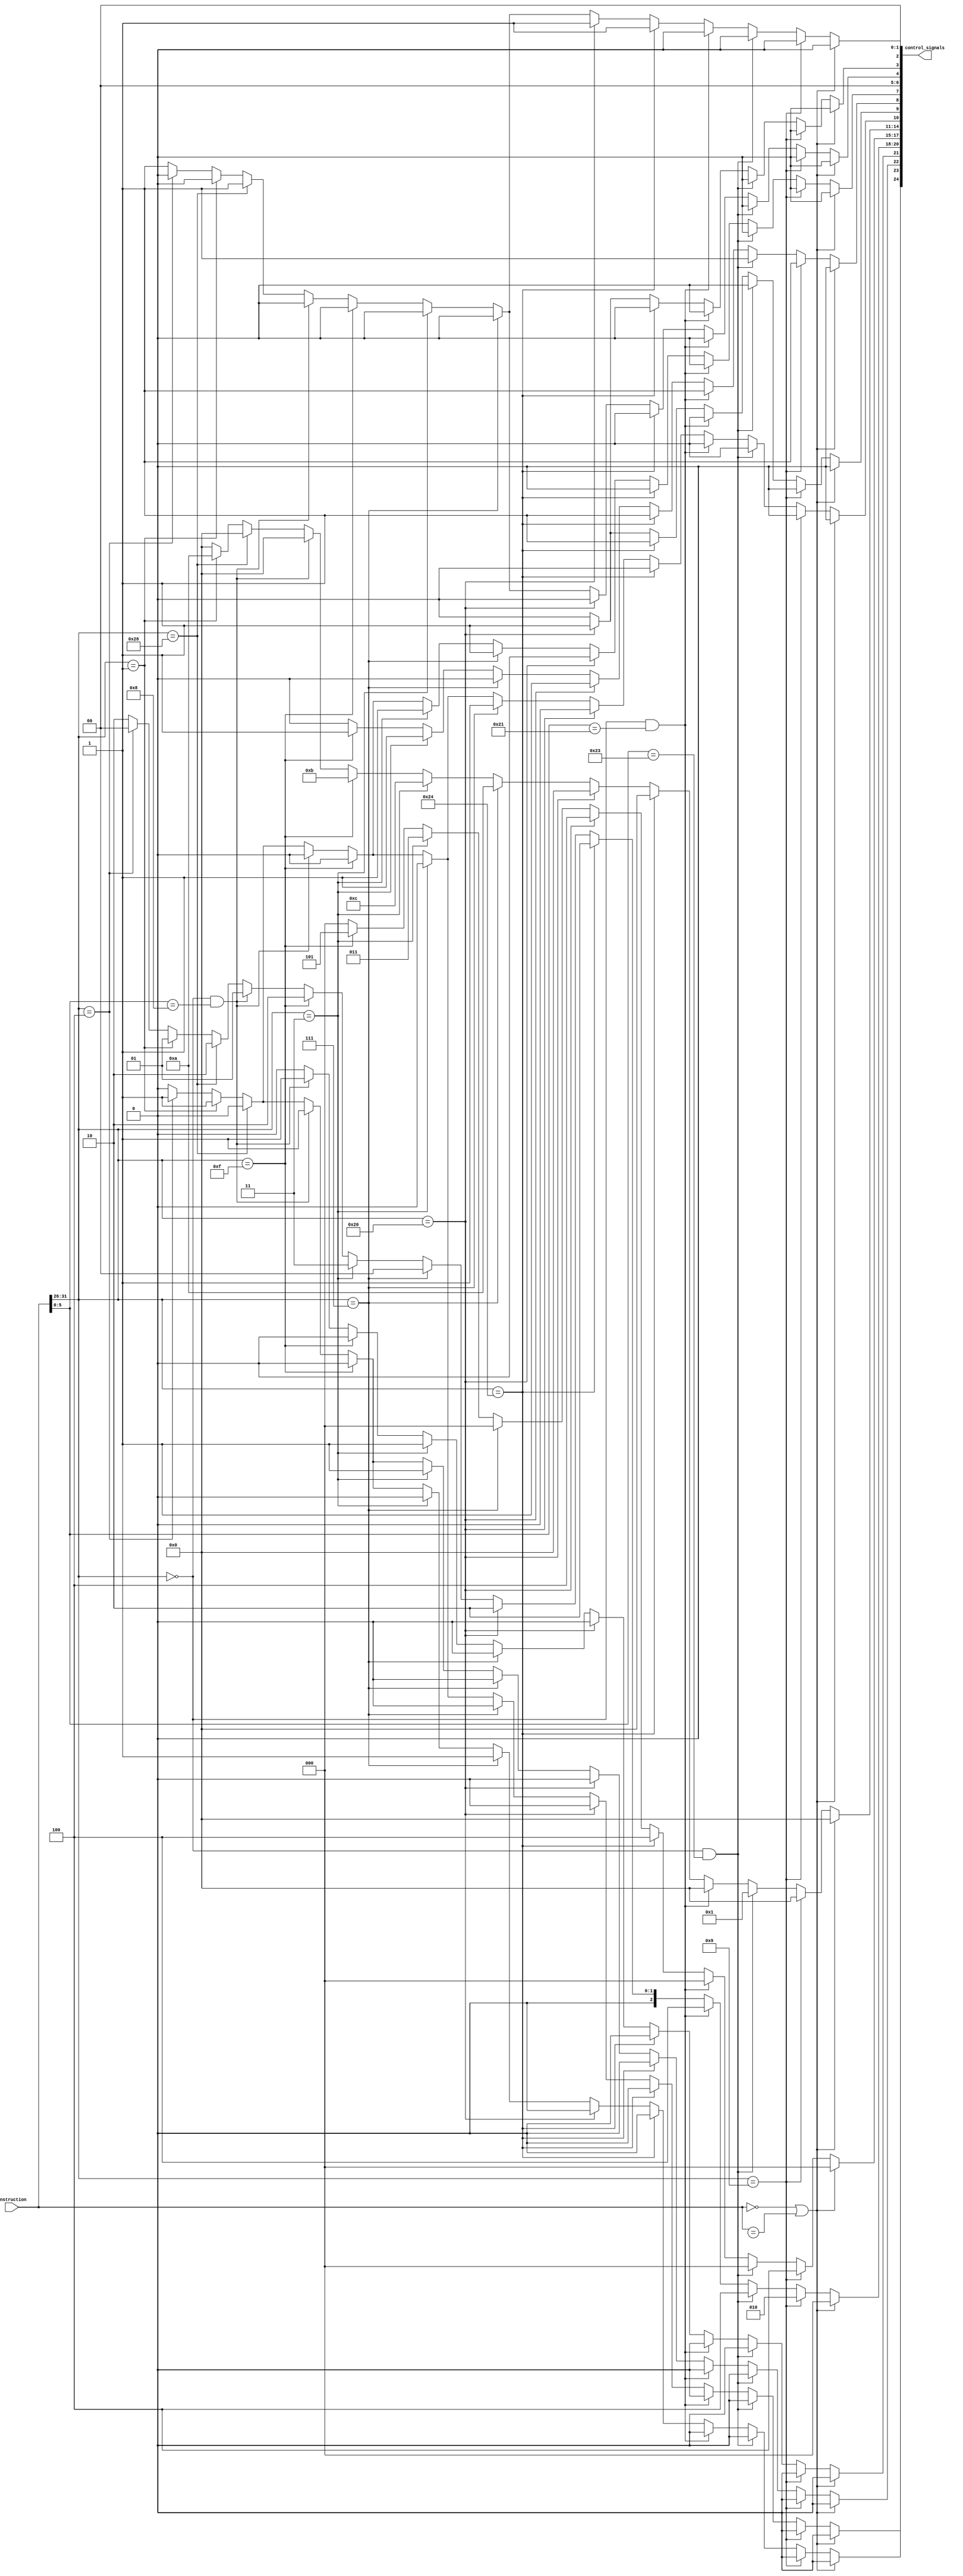

module PPU_Control_Unit (
    input wire [31:0] instruction,
    output reg [24:0] control_signals

);

    reg [2:0] ID_SourceOperand_3bits;
    reg [3:0] ID_ALU_OP;
    reg ID_Load_Instr;
    reg ID_RF_Enable;
    reg ID_B_Instr;
    reg ID_TA_Instr;
    reg [1:0] ID_MEM_Size;
    reg ID_MEM_RW;
    reg ID_MEM_SE;
    reg ID_Enable_HI;
    reg ID_Enable_LO;
    reg ID_MEM_Enable;
    reg Jump_Instr;
    reg [2:0] Destination_Register; // 00 do nothing, 01 writes in rd, 10 writes in rt, 11 writes in r31
    reg Conditional_Unconditional_Jump;        
    reg Mux_Rs_Addr; 
    reg Addr_MUX; 

// Opcode values
    parameter R_TYPE1 = 6'b000000;
    parameter R_TYPE2 = 6'b011100;
    parameter R_TYPE3 = 6'b010000;
    parameter I_TYPE = 6'b000001;

// Function values for R type1
    parameter ADD_FUNCT = 6'b100000, 
     ADDU_FUNCT = 6'b100001,
     SUB_FUNCT = 6'b100010,
     SUBU_FUNCT = 6'b100011,
     SLT_FUNCT = 6'b101010,
     SLTU_FUNCT = 6'b101011,
     AND_FUNCT = 6'b100100,
     OR_FUNCT = 6'b100101,
     XOR_FUNCT = 6'b100110,
     NOR_FUNCT = 6'b100111,
     SLL_FUNCT = 6'b000000,
     SLLV_FUNCT = 6'b000100,
     SRA_FUNCT = 6'b000011,
     SRAV_FUNCT = 6'b000111,
     SRL_FUNCT = 6'b000010,
     SRLV_FUNCT = 6'b000110,
     MFHI_FUNCT = 6'b010000,
     MFLO_FUNCT = 6'b010010,
     MOVN_FUNCT = 6'b001011,
     MOVZ_FUNCT = 6'b001010,
     MTHI_FUNCT = 6'b010001,
     MTLO_FUNCT = 6'b010011,
     JALR_FUNCT = 6'b001001,
     JR_FUNCT = 6'b001000,
     TEQ_FUNCT = 6'b110100,
     TGE_FUNCT = 6'b110000,
     TGEU_FUNCT = 6'b110001,
     TLT_FUNCT = 6'b110010,
     TLTU_FUNCT = 6'b110011,
     TNE_FUNCT = 6'b110110;
    

// Function values for R type2
    parameter CLO_FUNCT = 6'b100001;
    parameter CLZ_FUNCT = 6'b100000;

// Function values for R type3
    parameter MFC0_FUNCT = 5'b00000;
    parameter MTC0_FUNCT = 5'b00100;

// B Case
    parameter B_Case = 6'b000100;



//rt values I types
parameter BGEZ_RT    = 5'b00001,
          BGEZAL_RT  = 5'b10001,
          BLTZ_RT    = 5'b00000,
          BLTZAL_RT  = 5'b10000,
          BAL_RT     = 5'b10001,
          TEQI_RT    = 5'b01100,
          TGEI_RT    = 5'b01000,
          TGEIU_RT   = 5'b01001,
          TLTI_RT    = 5'b01010,
          TLTIU_RT   = 5'b01011,
          TNEI_RT    = 5'b01110;

// 6-bit opcodes I types
parameter ADDI_OP    = 6'b001000,
          ADDIU_OP   = 6'b001001,
          ANDI_OP    = 6'b001100,
          BGTZ_OP    = 6'b000111,
          BLEZ_OP    = 6'b000110,
          BNE_OP     = 6'b000101,
          LB_OP      = 6'b100000,
          LBU_OP     = 6'b100100,
          LH_OP      = 6'b100001,
          LHU_OP     = 6'b100101,
          SLTI_OP    = 6'b001010,
          SLTIU_OP   = 6'b001011,
          ORI_OP     = 6'b001101,
          XORI_OP    = 6'b001110,
          LW_OP      = 6'b100011,
          SD_OP      = 6'b111111,
          SB_OP      = 6'b101000,
          SH_OP      = 6'b101001,
          SW_OP      = 6'b101011,
          LUI_OP     = 6'b001111;
    
// J types
parameter J_OP       = 6'b000010,
          JAL_OP     = 6'b000011;
    
always @ (instruction) begin

    if (instruction == 32'b0 | instruction == 32'bx) begin

        control_signals <= 22'b0;

        ID_SourceOperand_3bits = 3'b0;
        ID_ALU_OP = 4'b0;
        ID_Load_Instr = 1'b0;
        ID_RF_Enable = 1'b0;
        ID_B_Instr = 1'b0;
        ID_TA_Instr = 1'b0;
        ID_MEM_Size = 2'b0;
        ID_MEM_RW = 1'b0;
        ID_MEM_SE = 1'b0;
        ID_Enable_HI = 1'b0;
        ID_Enable_LO = 1'b0;
        ID_MEM_Enable = 1'b0;
        Conditional_Unconditional_Jump = 1'b0; //bit 22
       Jump_Instr = 1'b0; //bit 21
        Destination_Register = 3'b000; //bit 18-20
        Mux_Rs_Addr = 1'b0; //bit 23
        Addr_MUX = 1'b0; //bit 24

        $display("Keyword: NOP");

    end else if (instruction[31:26] == ADDIU_OP) begin

        ID_SourceOperand_3bits = 3'b100;
        ID_ALU_OP = 4'b0000;
        ID_Load_Instr = 1'b0;
        ID_RF_Enable = 1'b1;
        ID_B_Instr = 1'b0;
        ID_TA_Instr = 1'b0;
        ID_MEM_Size = 2'b00;
        ID_MEM_RW = 1'b0;
        ID_MEM_SE = 1'b0;
        ID_Enable_HI = 1'b0;
        ID_Enable_LO = 1'b0;
        ID_MEM_Enable = 1'b0;
        Conditional_Unconditional_Jump = 1'b0; //bit 22
       Jump_Instr = 1'b0; //bit 21
        Destination_Register = 3'b010; //bit 18-20
        Mux_Rs_Addr = 1'b0; //bit 23
        Addr_MUX = 1'b0; //bit 24

    end else if ((instruction[31:26] == R_TYPE1) && (instruction[5:0] == SUBU_FUNCT)) begin
        ID_SourceOperand_3bits = 3'b000;
        ID_ALU_OP = 4'b0001;
        ID_Load_Instr = 1'b0;
        ID_RF_Enable = 1'b1;
        ID_B_Instr = 1'b0;
        ID_TA_Instr = 1'b0;
        ID_MEM_Size = 2'b00;
        ID_MEM_RW = 1'b0; 
        ID_MEM_SE = 1'b0;
        ID_Enable_HI = 1'b0;
        ID_Enable_LO = 1'b0;
        ID_MEM_Enable = 1'b0;
        Conditional_Unconditional_Jump = 1'b0; //bit 22
       Jump_Instr = 1'b0; //bit 21
        Destination_Register = 3'b100; //bit 18-20
        Mux_Rs_Addr = 1'b0; //bit 23
        Addr_MUX = 1'b0; //bit 24

    end else if ((instruction[31:26] == R_TYPE1) && (instruction[5:0] == ADDU_FUNCT)) begin
        ID_SourceOperand_3bits = 3'b000;
        ID_ALU_OP = 4'b0000;
        ID_Load_Instr = 1'b0;
        ID_RF_Enable = 1'b1;
        ID_B_Instr = 1'b0;
        ID_TA_Instr = 1'b0;
        ID_MEM_Size = 2'b00;
        ID_MEM_RW = 1'b0; 
        ID_MEM_SE = 1'b0;
        ID_Enable_HI = 1'b0;
        ID_Enable_LO = 1'b0;
        ID_MEM_Enable = 1'b0;
        Conditional_Unconditional_Jump = 1'b0; //bit 22
       Jump_Instr = 1'b0; //bit 21
        Destination_Register = 3'b100; //bit 18-20
        Mux_Rs_Addr = 1'b0; //bit 23
        Addr_MUX = 1'b0; //bit 24

    end else if (instruction[31:26] == LBU_OP) begin 
        // Handle LBU_OP case
        ID_SourceOperand_3bits = 3'b100;
        ID_ALU_OP = 4'b0000; 
        ID_Load_Instr = 1'b1;
        ID_RF_Enable = 1'b1;
        ID_B_Instr = 1'b0;
        ID_TA_Instr = 1'b0;
        ID_MEM_Size = 2'b00;
        ID_MEM_RW = 1'b0;
        ID_MEM_SE = 1'b0;  //0 
        ID_Enable_HI = 1'b0;
        ID_Enable_LO = 1'b0;
        ID_MEM_Enable = 1'b1;
        Conditional_Unconditional_Jump = 1'b0; //bit 22
       Jump_Instr = 1'b0; //bit 21
        Destination_Register = 3'b010; //bit 18-20
        Mux_Rs_Addr = 1'b0; //bit 23
        Addr_MUX = 1'b0; //bit 24

    end else if (instruction[31:26] == LB_OP) begin 
        // Handle LB_OP case
        ID_SourceOperand_3bits = 3'b100;
        ID_ALU_OP = 4'b0000; 
        ID_Load_Instr = 1'b1;
        ID_RF_Enable = 1'b1;
        ID_B_Instr = 1'b0;
        ID_TA_Instr = 1'b0;
        ID_MEM_Size = 2'b00;
        ID_MEM_RW = 1'b0;
        ID_MEM_SE = 1'b1;   
        ID_Enable_HI = 1'b0;
        ID_Enable_LO = 1'b0;
        ID_MEM_Enable = 1'b1;
        Conditional_Unconditional_Jump = 1'b0; //bit 22
       Jump_Instr = 1'b0; //bit 21
        Destination_Register = 3'b010; //bit 18-20
        Mux_Rs_Addr = 1'b0; //bit 23
        Addr_MUX = 1'b0; //bit 24

    end else if (instruction[31:26] == BGTZ_OP) begin // Handle BGTZ_OP case
        
        ID_SourceOperand_3bits = 3'b000;
        ID_ALU_OP = 4'b1010;
        ID_Load_Instr = 1'b0;
        ID_RF_Enable = 1'b0;
        ID_B_Instr = 1'b1;
        ID_TA_Instr = 1'b1;
        ID_MEM_Size = 2'b00;
        ID_MEM_RW = 1'b0;
        ID_MEM_SE = 1'b0;
        ID_Enable_HI = 1'b0;
        ID_Enable_LO = 1'b0;
        ID_MEM_Enable = 1'b0;
        Conditional_Unconditional_Jump = 1'b0; //bit 22
       Jump_Instr = 1'b0; //bit 21
        Destination_Register = 3'b0; //bit 18-20
        Mux_Rs_Addr = 1'b1; //bit 23
        Addr_MUX = 1'b0; //bit 24


    end else if (instruction[31:26] == JAL_OP) begin// Handle JAL_OP case
        
        ID_SourceOperand_3bits = 3'b011;
        ID_ALU_OP = 4'b1100;
        ID_Load_Instr = 1'b0;
        ID_RF_Enable = 1'b1;
        ID_B_Instr = 1'b0;
        ID_TA_Instr = 1'b1; //1
        ID_MEM_Size = 2'b00;
        ID_MEM_RW = 1'b0;
        ID_MEM_SE = 1'b0;
        ID_Enable_HI = 1'b0;
        ID_Enable_LO = 1'b0;
        ID_MEM_Enable = 1'b0;
        Conditional_Unconditional_Jump = 1'b1; //bit 22
       Jump_Instr = 1'b1; //bit 21
        Destination_Register = 3'b011; //bit 18-20
        Mux_Rs_Addr = 1'b0; //bit 23
        Addr_MUX = 1'b0; //bit 24


    end else if (instruction[31:26] == LUI_OP) begin// Handle LUI_OP case
        
        ID_SourceOperand_3bits = 3'b101;
        ID_ALU_OP = 4'b1011;
        ID_Load_Instr = 1'b0;
        ID_RF_Enable = 1'b1;
        ID_B_Instr = 1'b0;
        ID_TA_Instr = 1'b0;
        ID_MEM_Size = 2'b00;
        ID_MEM_RW = 1'b0;
        ID_MEM_SE = 1'b0;
        ID_Enable_HI = 1'b0;
        ID_Enable_LO = 1'b0;
        ID_MEM_Enable = 1'b0;
        Conditional_Unconditional_Jump = 1'b0; //bit 22
       Jump_Instr = 1'b0; //bit 21
        Destination_Register = 3'b010; //bit 18-20
        Mux_Rs_Addr = 1'b0; //bit 23
        Addr_MUX = 1'b0; //bit 24

    end else if ((instruction[31:26] == R_TYPE1) && (instruction[5:0] == JR_FUNCT)) begin
         ID_SourceOperand_3bits = 3'b000;
        ID_ALU_OP = 4'b0000;
        ID_Load_Instr = 1'b0;
        ID_RF_Enable = 1'b0;
        ID_B_Instr = 1'b0;
        ID_TA_Instr = 1'b0;
        ID_MEM_Size = 2'b00;
        ID_MEM_RW = 1'b0;
        ID_MEM_SE = 1'b0;
        ID_Enable_HI = 1'b0;
        ID_Enable_LO = 1'b0;
        ID_MEM_Enable = 1'b0;
        Conditional_Unconditional_Jump = 1'b1; //bit 22
       Jump_Instr = 1'b1; //bit 21
        Destination_Register = 3'b001; //bit 18-20
        Mux_Rs_Addr = 1'b1; //bit 23
        Addr_MUX = 1'b0; //bit 24
// 00 do nothing, 001 writes in rs, 010 writes in rt, 011 writes in r31, 100 writes in rd
        
    end else if (instruction[31:26] == SB_OP) begin
        // Handle SB_OP case
        ID_SourceOperand_3bits = 3'b000;
        ID_ALU_OP = 4'b0000;
        ID_Load_Instr = 1'b0;
        ID_RF_Enable = 1'b0;
        ID_B_Instr = 1'b0;
        ID_TA_Instr = 1'b0;
        ID_MEM_Size = 2'b00;
        ID_MEM_RW = 1'b1;
        ID_MEM_SE = 1'b0;
        ID_Enable_HI = 1'b0;
        ID_Enable_LO = 1'b0;
        ID_MEM_Enable = 1'b1;
        Conditional_Unconditional_Jump = 1'b0; //bit 22
        Jump_Instr = 1'b0; //bit 21
        Destination_Register = 3'b010; //bit 18-20
        Mux_Rs_Addr = 1'b0; //bit 23
        Addr_MUX = 1'b0; //bit 24
// 00 do nothing, 001 writes in rs, 010 writes in rt, 011 writes in r31, 100 writes in rd


    end else if(instruction[31:26] == BGEZ_RT)begin
        ID_SourceOperand_3bits = 3'b000;
        ID_ALU_OP = 4'b1010; 
        ID_Load_Instr = 1'b0;
        ID_RF_Enable = 1'b0;
        ID_B_Instr = 1'b1;
        ID_TA_Instr = 1'b1;
        ID_MEM_Size = 2'b00;
        ID_MEM_RW = 1'b0;
        ID_MEM_SE = 1'b0;
        ID_Enable_HI = 1'b0;
        ID_Enable_LO = 1'b0;
        ID_MEM_Enable = 1'b0;
        Conditional_Unconditional_Jump = 1'b1; //22
       Jump_Instr = 1'b0; // bit 21
        Destination_Register = 3'b001; //bit 18-20
        Mux_Rs_Addr = 1'b1; //bit 23
        Addr_MUX = 1'b1; //bit 24


    end else if(instruction[31:26] == B_Case)begin
        ID_SourceOperand_3bits = 3'b000;
        ID_ALU_OP = 4'b0000;
        ID_Load_Instr = 1'b0;
        ID_RF_Enable = 1'b0;
        ID_B_Instr = 1'b1;
        ID_TA_Instr = 1'b1;
        ID_MEM_Size = 2'b00;
        ID_MEM_RW = 1'b0;
        ID_MEM_SE = 1'b0;
        ID_Enable_HI = 1'b0;
        ID_Enable_LO = 1'b0;
        ID_MEM_Enable = 1'b0;
        Conditional_Unconditional_Jump = 1'b1;//bit 22 
        Jump_Instr = 1'b0; // bit 21
        Destination_Register = 3'b0; //bit 18-20
        Mux_Rs_Addr = 1'b1; //bit 23
        Addr_MUX = 1'b1; //bit 24

    end else if(instruction[31:26] == SD_OP)begin
        ID_SourceOperand_3bits = 3'b000;
        ID_ALU_OP = 4'b0000;
        ID_Load_Instr = 1'b0;
        ID_RF_Enable = 1'b0;
        ID_B_Instr = 1'b0;
        ID_TA_Instr = 1'b0;
        ID_MEM_Size = 2'b00;
        ID_MEM_RW = 1'b1;
        ID_MEM_SE = 1'b0;
        ID_Enable_HI = 1'b0;
        ID_Enable_LO = 1'b0;
        ID_MEM_Enable = 1'b1;
        Conditional_Unconditional_Jump = 1'b0; //bit 22 
       Jump_Instr = 1'b0; // bit 21
        Destination_Register = 3'b010; //bit 18-20
        Mux_Rs_Addr = 1'b0; //bit 23
        Addr_MUX = 1'b0; //bit 24

    end  

    
                // control_signals is a signal that represents the control signals for the MIPS processor.
        // The control signals are packed into a single vector, where each bit represents a specific control signal.
        // The order of the control signals is as follows:
        // Bit 0: ID_Enable_LO
        // Bit 1: ID_Enable_HI
        // Bit 2: ID_MEM_Enable
        // Bit 3: ID_MEM_SE
        // Bit 4: ID_MEM_RW
        // Bit 5-6: ID_MEM_Size
        // Bit 7: ID_TA_Instr
        // Bit 8: ID_RF_Enable
        // Bit 9: ID_Load_Instr
        // Bit 10: ID_B_Instr
        // Bit 11-14: ID_ALU_OP
        // Bit 15-17: ID_SourceOperand_3bits
        // Bit 18-20: Destination_Register
        // Bit 21:Jump_Instr actually just for jump or not
        // Bit 22: Conditional_Unconditional_Jump actually just for conditional jump or branch
        // Bit 23: Mux_Rs_Addr
        // Bit 24: Addr_MUX

    control_signals = {Addr_MUX, Mux_Rs_Addr, Conditional_Unconditional_Jump,Jump_Instr, Destination_Register, ID_SourceOperand_3bits, ID_ALU_OP, ID_B_Instr, ID_Load_Instr, ID_RF_Enable, ID_TA_Instr, ID_MEM_Size, ID_MEM_RW, ID_MEM_SE, ID_MEM_Enable, ID_Enable_HI, ID_Enable_LO};
    
    
    case (instruction[31:26])
     R_TYPE1: case(instruction[5:0])
        ADDU_FUNCT: $display("Keyword: ADDU");
        SUB_FUNCT: $display("Keyword: SUB"); 
        SUBU_FUNCT: $display("Keyword: SUBU"); 
        SLT_FUNCT: $display("Keyword: SLT");
        SLTU_FUNCT: $display("Keyword: SLTU");
        AND_FUNCT: $display("Keyword: AND");
        OR_FUNCT: $display("Keyword: OR");
        XOR_FUNCT: $display("Keyword: XOR");
        NOR_FUNCT: $display("Keyword: NOR");
        //SLL_FUNCT: $display("Keyword: SLL");
        SLLV_FUNCT: $display("Keyword: SLLV");
        SRA_FUNCT: $display("Keyword: SRA");
        SRAV_FUNCT: $display("Keyword: SRAV");
        SRL_FUNCT: $display("Keyword: SRL");
        SRLV_FUNCT: $display("Keyword: SRLV");
        MFHI_FUNCT: $display("Keyword: MFHI");
        MFLO_FUNCT: $display("Keyword: MFLO");
        MOVN_FUNCT: $display("Keyword: MOVN");
        MOVZ_FUNCT: $display("Keyword: MOVZ");
        MTHI_FUNCT: $display("Keyword: MTHI");
        MTLO_FUNCT: $display("Keyword: MTLO");
        JALR_FUNCT: $display("Keyword: JALR");
        JR_FUNCT: $display("Keyword: JR");
        TEQ_FUNCT: $display("Keyword: TEQ");
        TGE_FUNCT: $display("Keyword: TGE");
        TGEU_FUNCT: $display("Keyword: TGEU");
        TLT_FUNCT: $display("Keyword: TLT");
        TLTU_FUNCT: $display("Keyword: TLTU");
        TNE_FUNCT: $display("Keyword: TNE");
     endcase

    R_TYPE2: case(instruction[5:0])
            CLO_FUNCT: $display("Keyword: CLO");
            CLZ_FUNCT: $display("Keyword: CLZ");
        endcase

    R_TYPE3: case(instruction[5:0])
            MFC0_FUNCT: $display("Keyword: MFC0");
            MTC0_FUNCT: $display("Keyword: MTC0");
        endcase
    
    I_TYPE: case(instruction[20:16])
            BGEZ_RT: $display("Keyword: BGEZ");
            BGEZAL_RT: $display("Keyword: BGEZAL");
            BLTZ_RT: $display("Keyword: BLTZ");
            BLTZAL_RT: $display("Keyword: BLTZAL");
            BAL_RT: $display("Keyword: BAL");
            TEQI_RT: $display("Keyword: TEQI");
            TGEI_RT: $display("Keyword: TGEI");
            TGEIU_RT: $display("Keyword: TGEIU");
            TLTI_RT: $display("Keyword: TLTI");
            TLTIU_RT: $display("Keyword: TLTIU");
            TNEI_RT: $display("Keyword: TNEI");
        endcase

        ADDI_OP: $display("Keyword: ADDI");   
        ADDIU_OP: $display("Keyword: ADDIU");   
        ANDI_OP: $display("Keyword: ANDI"); 
        // BEQ_OP: $display("Keyword: BEQ");    
        BGTZ_OP: $display("Keyword: BGTZ");    
        BLEZ_OP: $display("Keyword: BLEZ");   
        BNE_OP: $display("Keyword: BNE");     
        LB_OP: $display("Keyword: LB");    
        LBU_OP: $display("Keyword: LBU");    
        LH_OP: $display("Keyword: LH");      
        LHU_OP: $display("Keyword: LHU");     
        SLTI_OP: $display("Keyword: SLTI");    
        SLTIU_OP: $display("Keyword: SLTIU");
        ORI_OP: $display("Keyword: ORI");  
        XORI_OP: $display("Keyword: XORI");  
        LW_OP: $display("Keyword: LW");    
        SD_OP: $display("Keyword: SD");
        SB_OP: $display("Keyword: SB");
        SH_OP: $display("Keyword: SH");
        SW_OP: $display("Keyword: SW");
        // B_OP: $display("Keyword: B");
        J_OP: $display("Keyword: J");
        JAL_OP: $display("Keyword: JAL");
        LUI_OP: $display("Keyword: LUI");

    B_Case: begin
        if(instruction[25:21] == instruction[20:16] && instruction[25:21] != 5'b0 && instruction[25:21] != 5'b0) begin
            $display("Keyword: BEQ");
        end else begin
            $display("Keyword: B");
        end
    end

    default: $display("Keyword: Unknown");
endcase

    end


endmodule